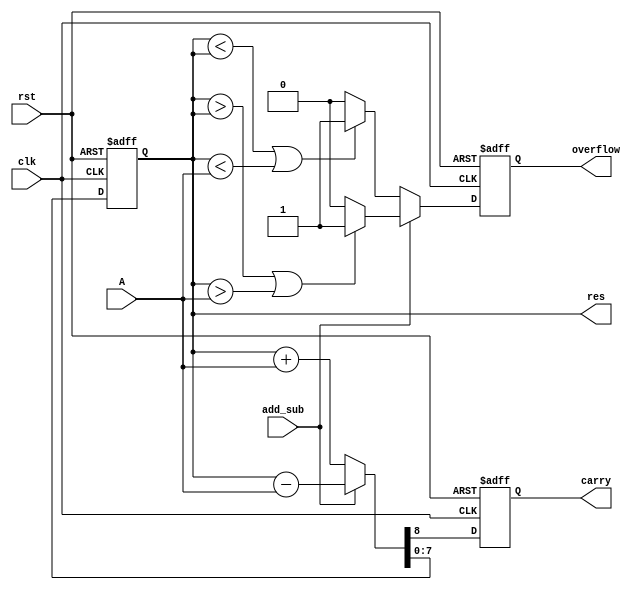
module accumulator_ex (rst, clk, add_sub, A, carry, overflow, res);
    input rst, clk, add_sub;
    input [7:0] A;
    output reg carry, overflow;
    output reg [7:0] res;
	 
	 reg [7:0] temp;
	 
	 always @(*) begin
		temp = res;
	 end

    always @(posedge clk, posedge rst) begin
        if (rst) begin
            res <= 0;
            carry <= 0;
            overflow <= 0;
        end
        else begin
            if (add_sub) begin
                {carry, res} <= temp - A;
					 if (res > temp || res > A) begin
						  overflow <= 1'b1;
					 end else begin
						  overflow <= 0;
					 end
            end
            else begin
                {carry, res} <= temp + A;
                if (res < temp || res < A) begin
                    overflow <= 1'b1;
                end else begin
					     overflow <= 0;
					 end
            end
        end
    end
endmodule